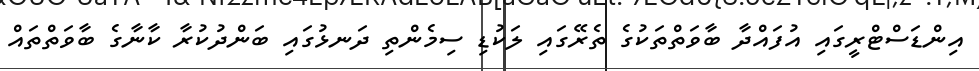
އިންޑަސްޓްރީގައި އުފައްދާ ބާވަތްތަކުގެ ތެރޭގައި ލަކުޑި ސިމެންތި ދަނޅުގައި ބަންދުކުރާ ކާނާގެ ބާވަތްތައް